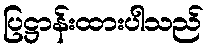
ပြဋ္ဌာန်းထားပါသည်